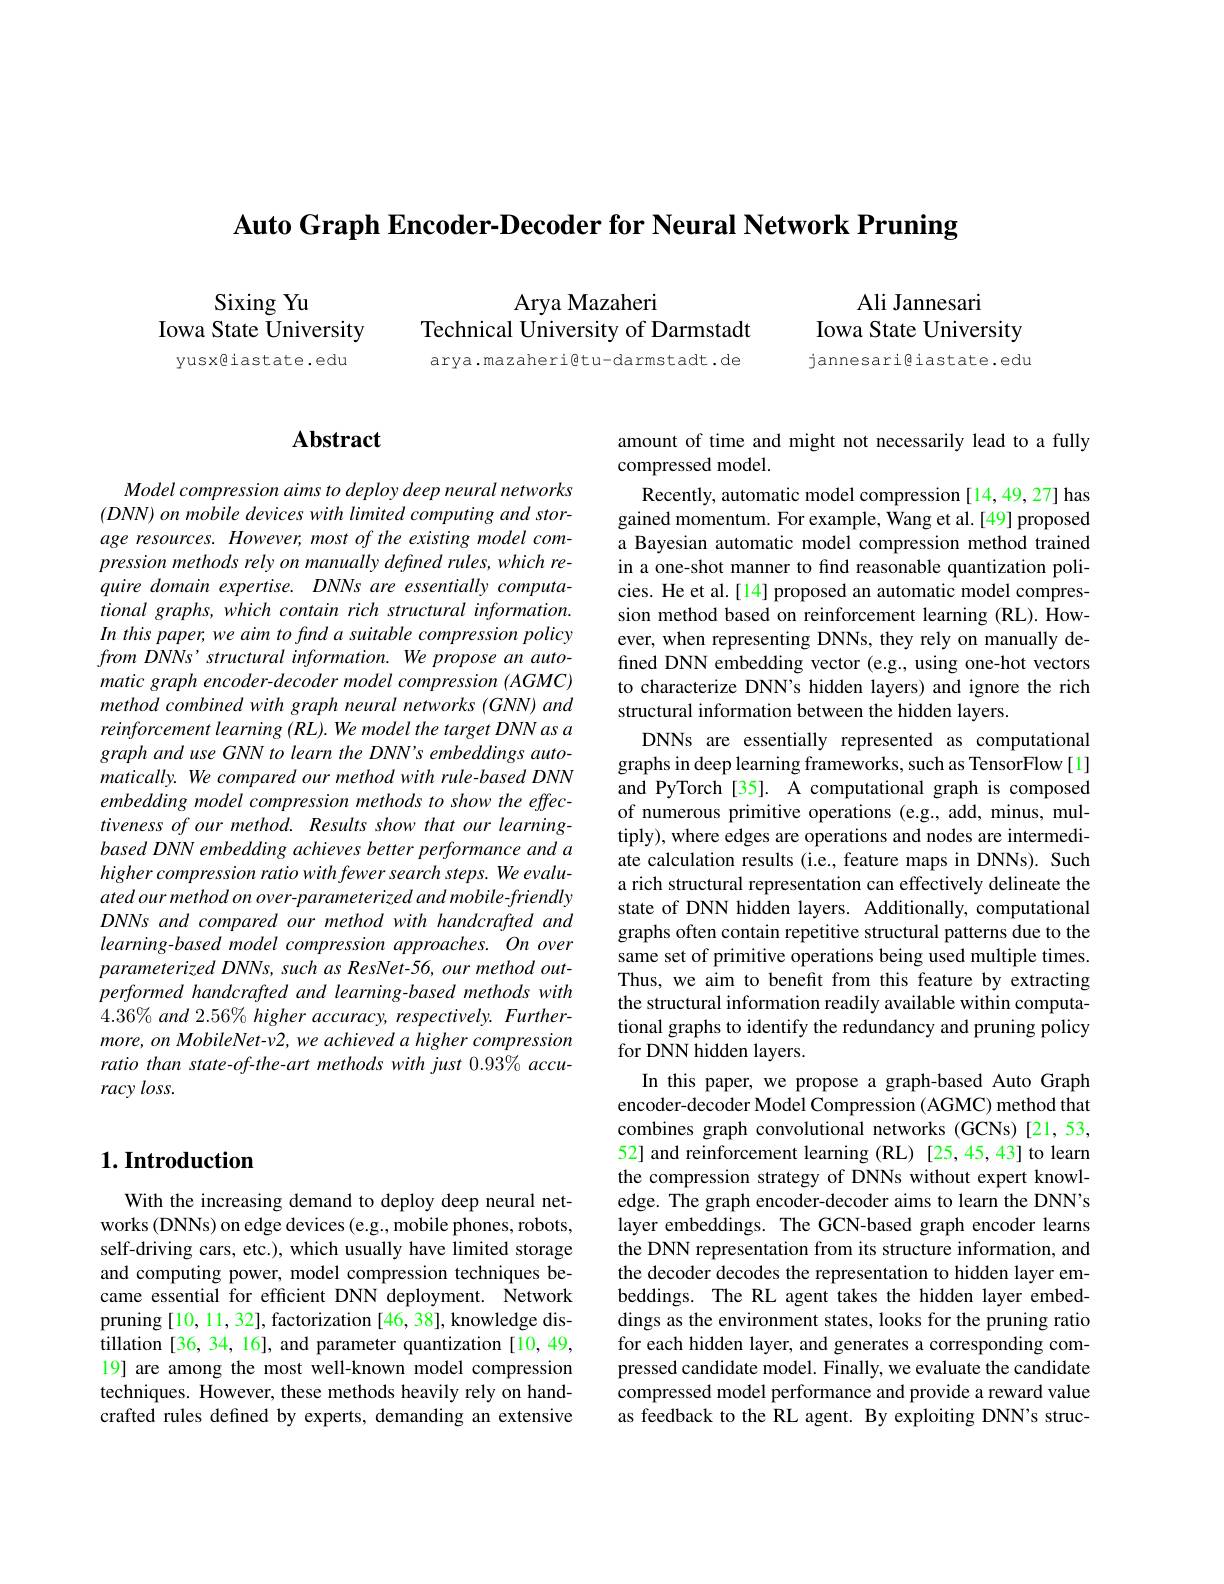
Auto Graph Encoder-Decoder for Neural Network Pruning

Sixing Yu
Iowa State University yusx@iastate.edu

Arya Mazaheri
Technical University of Darmstadt

arya.mazaheri@tu-darmstadt.de

Ali Jannesari
Iowa State University

jannesari@iastate.edu

# Abstract

Model compression aims to deploy deep neural networks $( DNN) \textit{ on mobile devices with limited computing and stor- }$ age resources. However, most of the existing model compression methods rely on manually defined rules, which require domain expertise. DNNs are essentially computational graphs, which contain rich structural information. In this paper, we aim to find a suitable compression policy from DNNs' structural information. We propose an automatic graph encoder-decoder model compression (AGMC) method combined with graph neural networks (GNN) and reinforcement learning (RL). We model the target DNN as a graph and use GNN to learn the DNN's embeddings automatically. We compared our method with rule-based DNN embedding model compression methods to show the effectiveness of our method. Results show that our learningbased DNN embedding achieves better performance and a higher compression ratio with fewer search steps. We evaluated our method on over- parameterized and mobile- friendly DNNs and compared our method with handcrafted and learning-based model compression approaches. On over parameterized DNNs, such as ResNet-56, our method outperformed handcrafted and learning-based methods with $4.36\%and2.56\%higheraccuracy,respectively.Further-$ more, on MobileNet-v2, we achieved a higher compression ratio than state-of-the-art methods with just 0.93% accuracy $loss.$

## $1. \textbf{Introduction}$

With the increasing demand to deploy deep neural networks (DNNs) on edge devices (e.g., mobile phones, robots, self-driving cars, etc.), which usually have limited storage and computing power, model compression techniques became essential for effcient DNN deployment. Îetwork pruning [10,11,32], factorization [46, 38], knowledge distillation [36, 34, 16], and parameter quantization [10, 49, 19] are among the most well-known model compression techniques. However, these methods heavily rely on handcrafted rules defined by experts, demanding an extensive

amount of time and might not necessarily lead to a fully
compressed model

Recently, automatic model compression [14,49,27] has gained momentum. For example, Wang et al.[49] proposed a Bayesian automatic model compression method trained in a one-shot manner to find reasonable quantization policies. He et al.[14] proposed an automatic model compression method based on reinforcement learning (RL). However, when representing DNNs, they rely on manually defined DNN embedding vector (e.g., using one-hot vectors to characterize DNN's hidden layers) and ignore the rich structural information between the hidden layers.
DNNs are essentially represented as computational graphs in deep learning frameworks, such as TensorFlow [1] and PyTorch[35]. A computational graph is composed of numerous primitive operations (e.g., add, minus, multiply), where edges are operations and nodes are intermediate calculation results (i.e., feature maps in DNNs). Such a rich structural representation can effectively delineate the state of DNN hidden layers. Additionally, computational graphs often contain repetitive structural patterns due to the same set of primitive operations being used multiple times. Thus, we aim to benefit from this feature by extracting the structural information readily available within computational graphs to identify the redundancy and pruning policy for DNN hidden layers.
In this paper, we propose a graph-based Auto Graph encoder-decoder Model Compression (AGMC) method that combines graph convolutional networks (GCNs) [21,53, 52] and reinforcement learning (RL) [25,45,43] to learn the compression strategy of DNNs without expert knowledge. The graph encoder-decoder aims to learn the DNN's layer embeddings. The GCN-based graph encoder learns the DNN representation from its structure information, and the decoder decodes the representation to hidden layer embeddings. The RL agent takes the hidden layer embeddings as the environment states, looks for the pruning ratio for each hidden layer, and generates a corresponding compressed candidate model. Finally, we evaluate the candidate compressed model performance and provide a reward value as feedback to the RL agent. By exploiting DNN's struc-